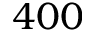
4 0 0